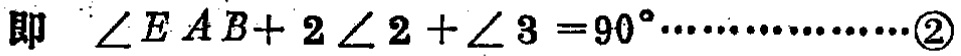
即 \(\angle EAB + 2\angle 2+\angle 3 = 90^{\circ}\cdots\cdots\cdots\cdots\cdots\textcircled{2}\)